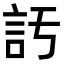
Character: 𧥦